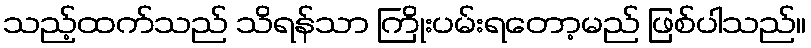
သည့်ထက်သည် သိရန်သာ ကြိုးပမ်းရတော့မည် ဖြစ်ပါသည်။